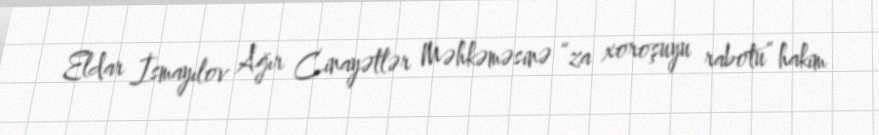
Eldar İsmayılov Ağır Cinayətlər Məhkəməsinə “za xoroşuyu rabotu” hakim